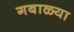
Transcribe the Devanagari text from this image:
गबाळ्या